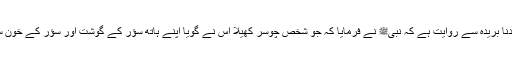
1511: سیدنا بریدہؓ سے روایت ہے کہ نبیﷺ نے فرمایا کہ جو شخص چوسر کھیلا اس نے گویا اپنے ہاتھ سؤر کے گوشت اور سؤر کے خون سے رنگے۔